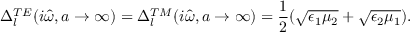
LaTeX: \Delta _ { l } ^ { T E } ( i \hat { \omega } , a \rightarrow \infty ) = \Delta _ { l } ^ { T M } ( i \hat { \omega } , a \rightarrow \infty ) = \frac { 1 } { 2 } ( \sqrt { \epsilon _ { 1 } \mu _ { 2 } } + \sqrt { \epsilon _ { 2 } \mu _ { 1 } } ) .